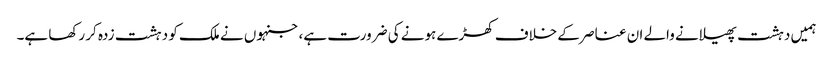
ہمیں دہشت پھیلانے والے ان عناصر کے خلاف کھڑے ہونے کی ضرورت ہے، جنہوں نے ملک کو دہشت زدہ کر رکھا ہے۔